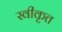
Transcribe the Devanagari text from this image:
स्वीकृत